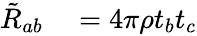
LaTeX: \begin{array}{rl}{\tilde{R}_{ab}}&{{}=4\pi\rho t_{b}t_{c}}\end{array}